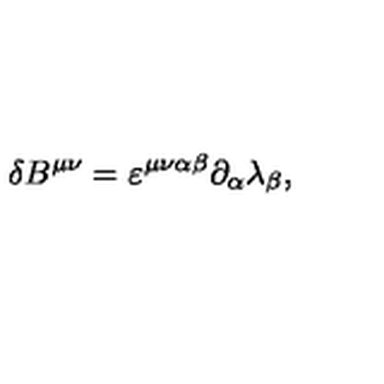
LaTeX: \delta B ^ { \mu \nu } = \varepsilon ^ { \mu \nu \alpha \beta } \partial _ { \alpha } \lambda _ { \beta } ,